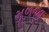
મૂળજી